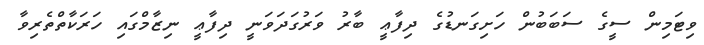
ވިޓަމިން ސީގެ ސަބަބުން ހަށިގަނޑުގެ ދިފާޢީ ބާރު ވަރުގަދަވަނީ ދިފާޢީ ނިޒާމްގައި ހަރަކާތްތެރިވާ